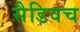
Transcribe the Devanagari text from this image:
सैडिवच